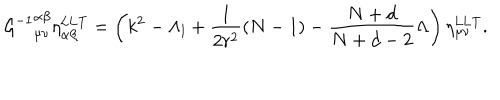
{ { \cal G } ^ { - 1 } } _ { \mu \nu } ^ { \alpha \beta } \eta _ { \alpha \beta } ^ { \mathrm { L L T } } = \left( k ^ { 2 } - \Lambda _ { l } + \frac { 1 } { 2 r ^ { 2 } } ( N - 1 ) - \frac { N + d } { N + d - 2 } \Lambda \right) \eta _ { \mu \nu } ^ { \mathrm { L L T } } .